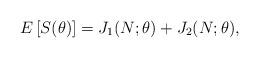
LaTeX: \begin{align*}E\left[ S(\theta) \right] = J_1(N; \theta) + J_2(N; \theta),\end{align*}